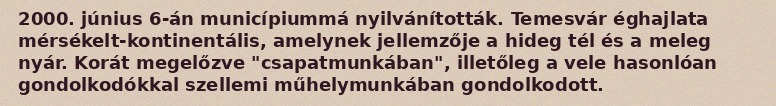
2000. június 6-án municípiummá nyilvánították. Temesvár éghajlata mérsékelt-kontinentális, amelynek jellemzője a hideg tél és a meleg nyár. Korát megelőzve "csapatmunkában", illetőleg a vele hasonlóan gondolkodókkal szellemi műhelymunkában gondolkodott.